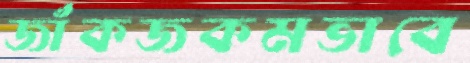
জাঁকজকমভাবে